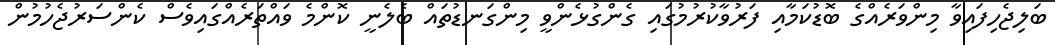
ބަލިޖެހިފައިވާ މިންވަރެއްގެ ބޮޑުކަމާއި ފަރުވާކުރުމުގައި ގެންގުޅެންވީ މިންގަނޑުތައް ބެލެނީ ކޮންމެ ވައްތަރެއްގައިވެސް ކެންސަރުޖެހުމުން